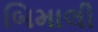
બિમાલી